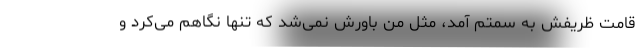
قامت ظریفش به سمتم آمد، مثل من باورش نمی‌شد که تنها نگاهم می‌کرد و